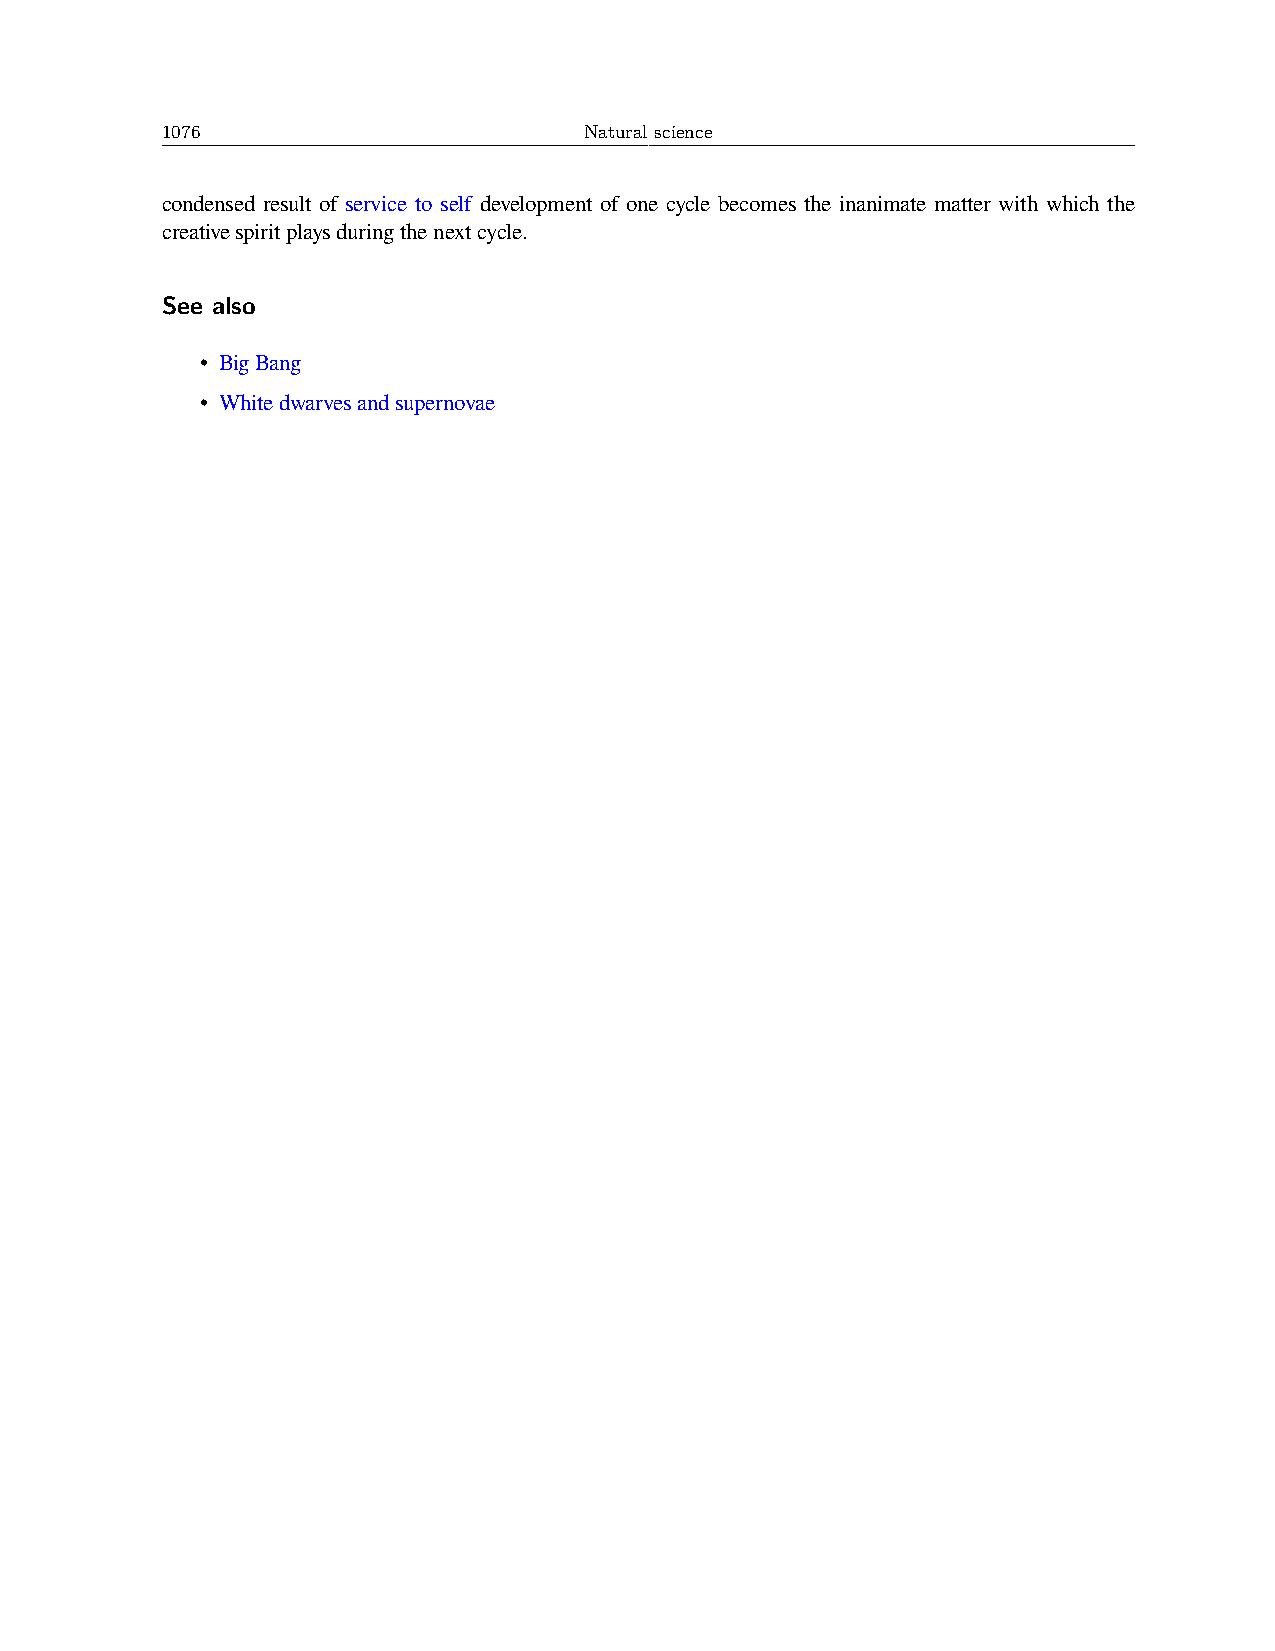
1076                        Natural science
 condensed result of service to self development of one cycle becomes the inanimate matter with which the
 creativespiritplaysduringthenextcycle.
 See also
 • BigBang
 • Whitedwarvesandsupernovae